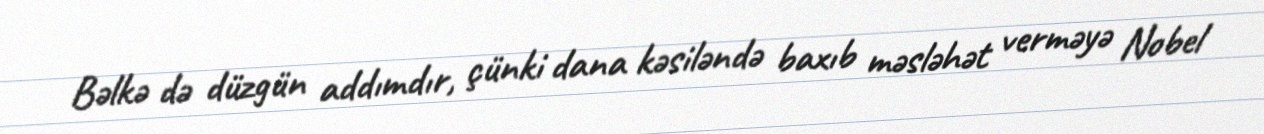
Bəlkə də düzgün addımdır, çünki dana kəsiləndə baxıb məsləhət verməyə Nobel